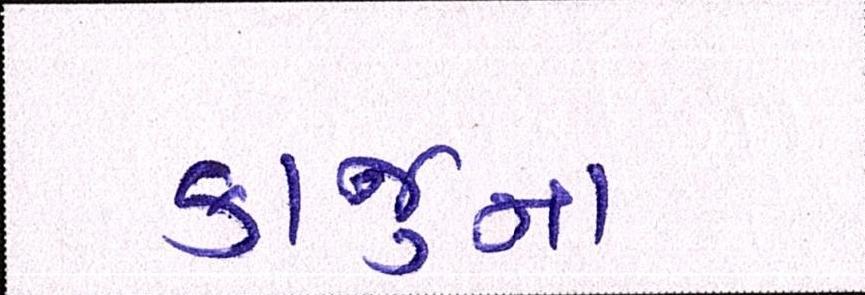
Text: કાજુના